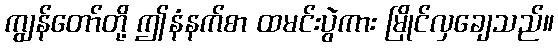
ကျွန်တော်တို့ ဤနံနက်စာ ထမင်းပွဲကား မြိုင်လှချေသည်။